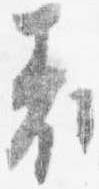
表